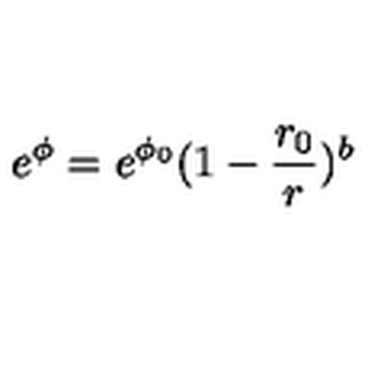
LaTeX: e ^ { \phi } = e ^ { \phi _ { 0 } } ( 1 - \frac { r _ { 0 } } { r } ) ^ { b }